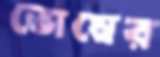
ভোম্বের